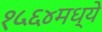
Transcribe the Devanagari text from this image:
१५६४मध्ये